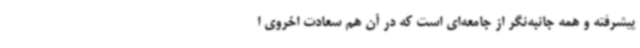
پیشرفته و همه جانبه‌نگر از جامعه‌ای است که در آن هم سعادت اخروی ا